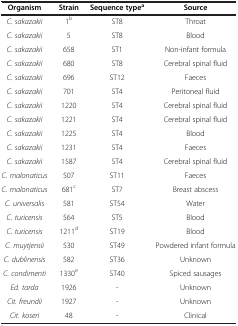
<table><thead><tr><td><b>Organism</b></td><td><b>Strain</b></td><td><b>Sequence type<sup>a</sup></b></td><td><b>Source</b></td></tr></thead><tbody><tr><td><i>C. sakazakii</i></td><td>1<sup>b</sup></td><td>ST8</td><td>Throat</td></tr><tr><td><i>C. sakazakii</i></td><td>5</td><td>ST8</td><td>Blood</td></tr><tr><td><i>C. sakazakii</i></td><td>658</td><td>ST1</td><td>Non-infant formula</td></tr><tr><td><i>C. sakazakii</i></td><td>680</td><td>ST8</td><td>Cerebral spinal fluid</td></tr><tr><td><i>C. sakazakii</i></td><td>696</td><td>ST12</td><td>Faeces</td></tr><tr><td><i>C. sakazakii</i></td><td>701</td><td>ST4</td><td>Peritoneal fluid</td></tr><tr><td><i>C. sakazakii</i></td><td>1220</td><td>ST4</td><td>Cerebral spinal fluid</td></tr><tr><td><i>C. sakazakii</i></td><td>1221</td><td>ST4</td><td>Cerebral spinal fluid</td></tr><tr><td><i>C. sakazakii</i></td><td>1225</td><td>ST4</td><td>Blood</td></tr><tr><td><i>C. sakazakii</i></td><td>1231</td><td>ST4</td><td>Faeces</td></tr><tr><td><i>C. sakazakii</i></td><td>1587</td><td>ST4</td><td>Cerebral spinal fluid</td></tr><tr><td><i>C. malonaticus</i></td><td>507</td><td>ST11</td><td>Faeces</td></tr><tr><td><i>C. malonaticus</i></td><td>681<sup>c</sup></td><td>ST7</td><td>Breast abscess</td></tr><tr><td><i>C. universalis</i></td><td>581</td><td>ST54</td><td>Water</td></tr><tr><td><i>C. turicensis</i></td><td>564</td><td>ST5</td><td>Blood</td></tr><tr><td><i>C. turicensis</i></td><td>1211<sup>d</sup></td><td>ST19</td><td>Blood</td></tr><tr><td><i>C. muytjensii</i></td><td>530</td><td>ST49</td><td>Powdered infant formula</td></tr><tr><td><i>C. dublinensis</i></td><td>582</td><td>ST36</td><td>Unknown</td></tr><tr><td><i>C. condimenti</i></td><td>1330<sup>e</sup></td><td>ST40</td><td>Spiced sausages</td></tr><tr><td><i>Ed. tarda</i></td><td>1926</td><td>-</td><td>Unknown</td></tr><tr><td><i>Cit. freundii</i></td><td>1927</td><td>-</td><td>Unknown</td></tr><tr><td><i>Cit. koseri</i></td><td>48</td><td>-</td><td>Clinical</td></tr></tbody></table>